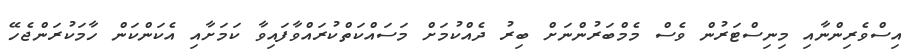
އިސްވެރިންނާއި މިނިސްޓަރުން ވެސް މެމްބަރުންނަށް ބިރު ދެއްކުމަށް މަސައްކަތްކުރައްވާފައިވާ ކަމަށާއި އެކަންކަން ހާމަކުރަންޖެހޭ